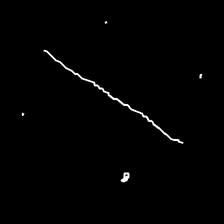
Glyph: cool